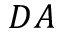
{ \cal D } A